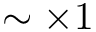
\sim \times 1